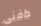
دافنى